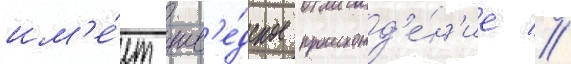
им'е́ет шв'е́дское происхожд'е́н'ие //